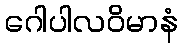
ဂေါပါလဝိမာနံ